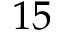
1 5